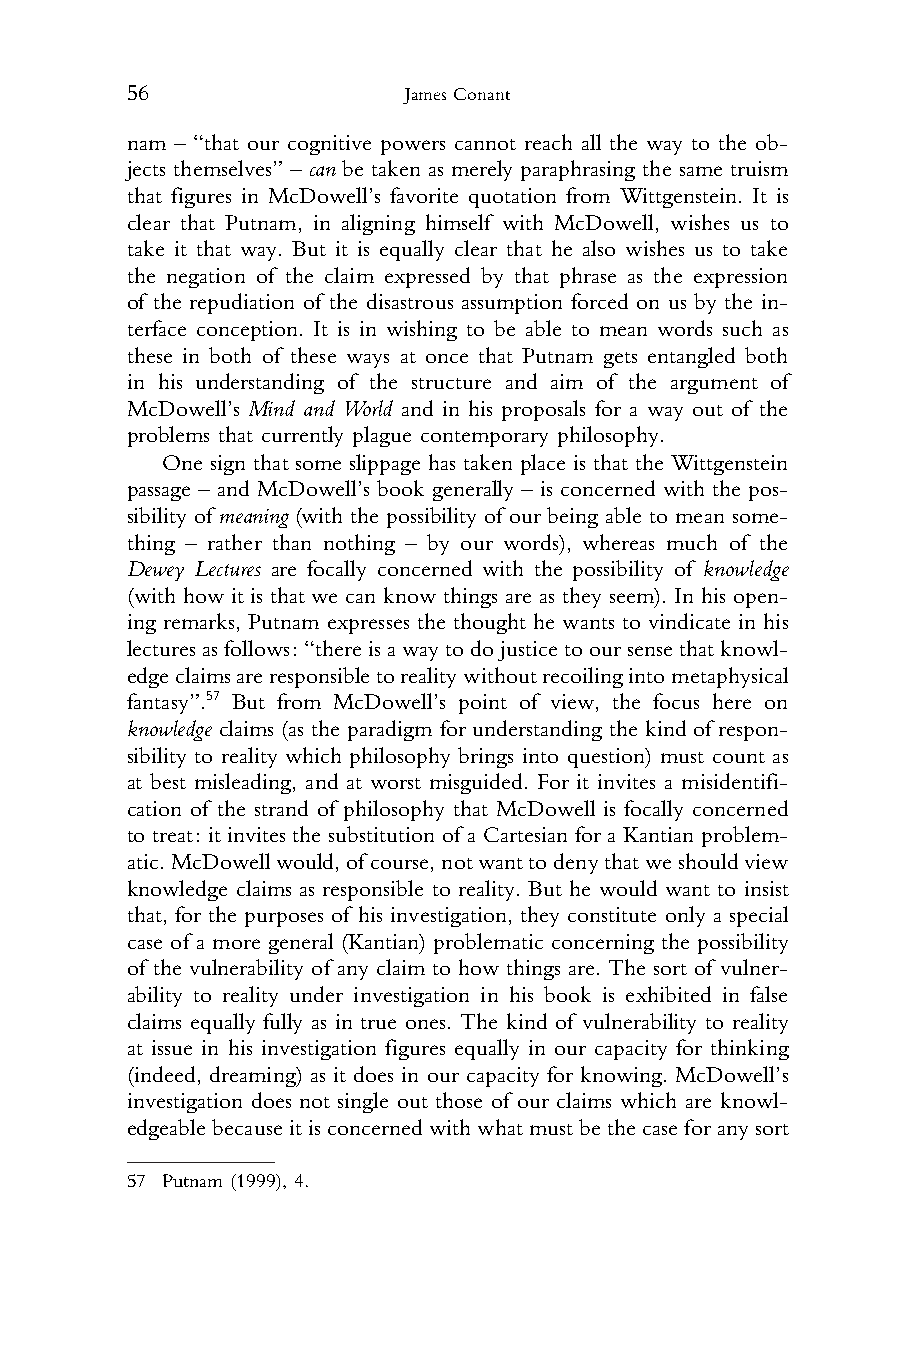
56                 James Conant
 1 nam – “that our cognitive powers cannot reach all the way to the ob-
 2 jects themselves” – can be taken as merely paraphrasing the same truism
 3 that figures in McDowell’s favorite quotation from Wittgenstein. It is
 4 clear that Putnam, in aligning himself with McDowell, wishes us to
 5 take it that way. But it is equally clear that he also wishes us to take
 6 the negation of the claim expressed by that phrase as the expression
 7 of the repudiation of the disastrous assumption forced on us by the in-
 8 terface conception. It is in wishing to be able to mean words such as
 9 these in both of these ways at once that Putnam gets entangled both
 10 in his understanding of the structure and aim of the argument of
 11 McDowell’s Mind and World and in his proposals for a way out of the
 12 problems that currently plague contemporary philosophy.
 13    One sign that some slippage has taken place is that the Wittgenstein
 14 passage – and McDowell’s book generally – is concerned with the pos-
 15 sibility of meaning (with the possibility of our being able to mean some-
 16 thing – rather than nothing – by our words), whereas much of the
 17 Dewey Lectures are focally concerned with the possibility of knowledge
 18 (with how it is that we can know things are as they seem). In his open-
 19 ing remarks, Putnam expresses the thought he wants to vindicate in his
 20 lecturesasfollows:“thereisawaytodojusticetooursensethatknowl-
 21 edgeclaimsareresponsibletorealitywithoutrecoilingintometaphysical
 22 fantasy”.57 But from McDowell’s point of view, the focus here on
 23 knowledge claims (as the paradigm for understanding the kind of respon-
 24 sibility to reality which philosophy brings into question) must count as
 25 at best misleading, and at worst misguided. For it invites a misidentifi-
 26 cation of the strand of philosophy that McDowell is focally concerned
 27 to treat: it invites the substitution of a Cartesian for a Kantian problem-
 28 atic.McDowellwould,ofcourse,notwanttodenythatweshouldview
 29 knowledge claims as responsible to reality. But he would want to insist
 30 that, for the purposes of his investigation, they constitute only a special
 31 case of a more general (Kantian) problematic concerning the possibility
 32 of the vulnerability of any claim to how things are. The sort of vulner-
 33 ability to reality under investigation in his book is exhibited in false
 34 claims equally fully as in true ones. The kind of vulnerability to reality
 35 at issue in his investigation figures equally in our capacity for thinking
 36 (indeed, dreaming) as it does in our capacity for knowing. McDowell’s
 37 investigation does not single out those of our claims which are knowl-
 38 edgeablebecauseitisconcernedwithwhatmustbethecaseforanysort
 39
 40 57 Putnam (1999), 4.